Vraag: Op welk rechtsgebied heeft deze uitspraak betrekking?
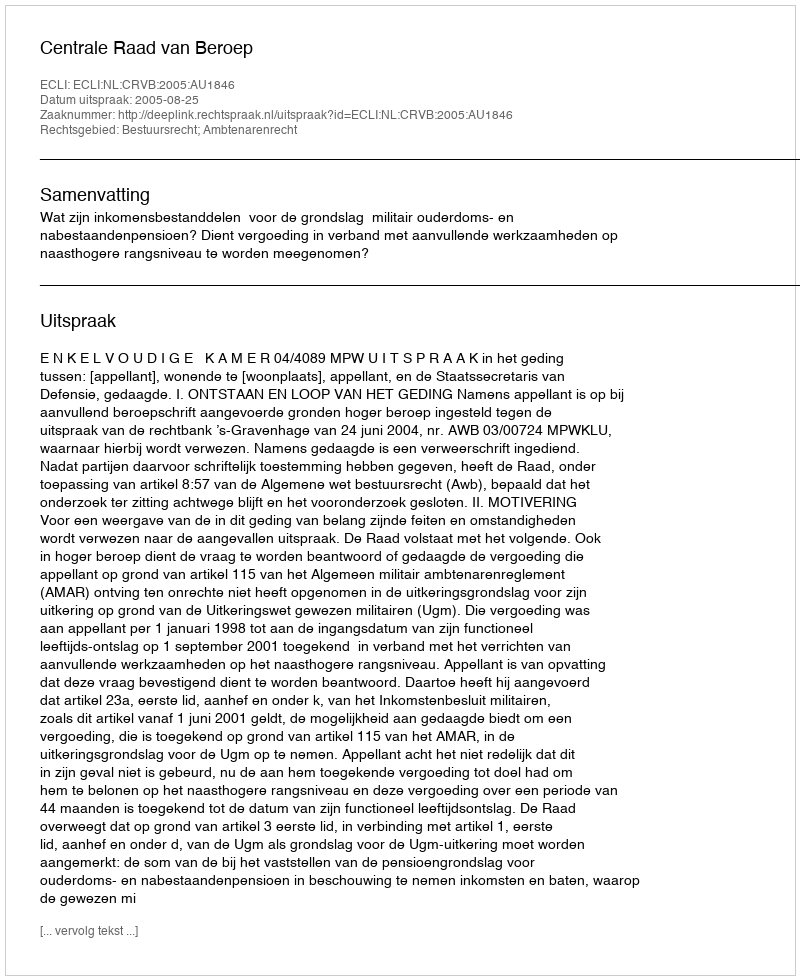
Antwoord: Bestuursrecht; Ambtenarenrecht